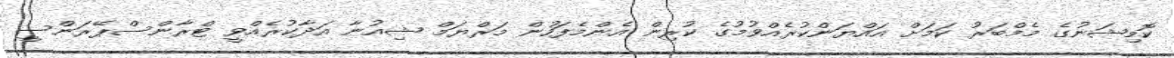
ކޮމިޝަނުގެ މެމްބަރު ކަމަށް އައްޔަންކުރެއްވުމުގެ ކުރިން އެންމެފަހުން މަރްޔަމް ޝިއުނާ އަދާކުރެއްވީ ޓްރާންސްޕޭރަންސީ